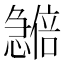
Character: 𪬽